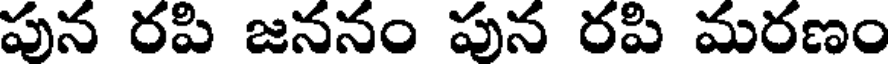
పున రపి జననం పున రపి మరణం